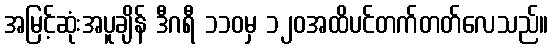
အမြင့်ဆုံးအပူချိန် ဒီဂရီ ၁၁၀မှ ၁၂၀အထိပင်တက်တတ်လေသည်။